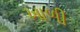
ખાળી